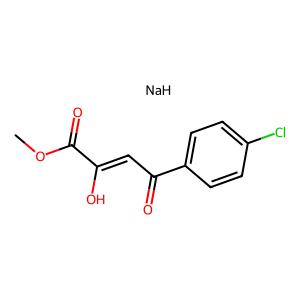
SMILES: COC(=O)C(O)=CC(=O)c1ccc(Cl)cc1.[NaH]
Inhibits HIV replication: No